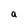
Character: a